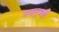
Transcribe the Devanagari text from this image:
अनानुभवी